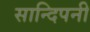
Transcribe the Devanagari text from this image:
सान्दिपनी